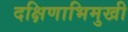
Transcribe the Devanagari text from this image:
दक्षिणाभिमुखी